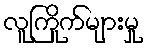
လူကြိုက်များမှု